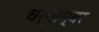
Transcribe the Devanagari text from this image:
चर्माम्बर